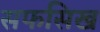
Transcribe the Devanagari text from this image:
सफसिख